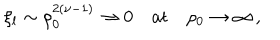
\xi _ { l } \sim \rho _ { 0 } ^ { 2 ( \nu - 1 ) } \rightarrow 0 \quad \mathrm { a t } \quad \rho _ { 0 } \rightarrow \infty \, ,